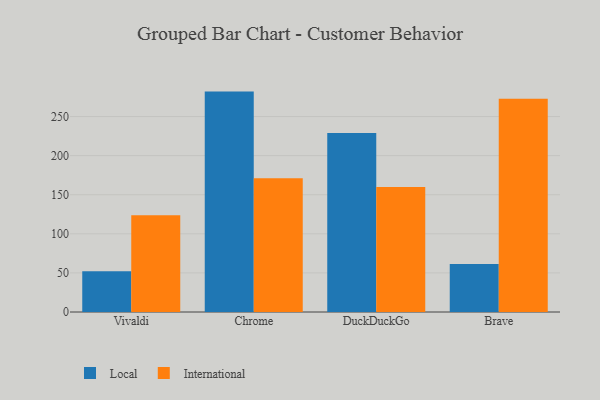
{"axis": {"x": "Browser", "y": "Active Users"}, "legend": ["International", "Local"], "data": [{"x": "Vivaldi", "y": 52.1, "type": "Local"}, {"x": "Vivaldi", "y": 123.6, "type": "International"}, {"x": "Chrome", "y": 281.9, "type": "Local"}, {"x": "Chrome", "y": 171.2, "type": "International"}, {"x": "DuckDuckGo", "y": 228.9, "type": "Local"}, {"x": "DuckDuckGo", "y": 159.8, "type": "International"}, {"x": "Brave", "y": 61.5, "type": "Local"}, {"x": "Brave", "y": 272.8, "type": "International"}]}